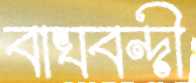
বাঘবন্দী